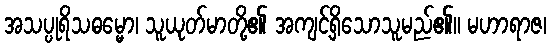
အသပ္ပုရိသဓမ္မော၊ သူယုတ်မာတို့၏ အကျင့်ရှိသောသူမည်၏။ မဟာရာဇ၊